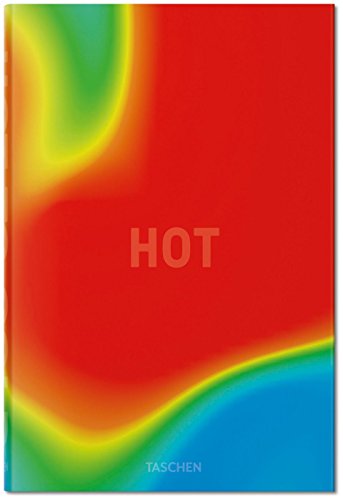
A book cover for BIG, HOT TO COLD: An Odyssey of Architectural Adaptation; Bjarke Ingels; Engineering & Transportation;